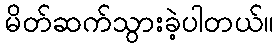
မိတ်ဆက်သွားခဲ့ပါတယ်။